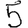
Digit: 5